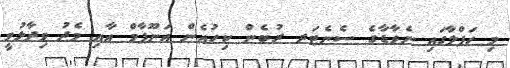
މި ހަފްލާގައި ނެވާޑާގެ ސެނެޓަރ ރުބެން ކިހުއެން އަނޫޕާމް އާއި މެދު ވިދާޅުވީ